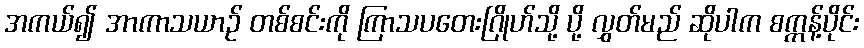
အကယ်၍ အာကာသယာဉ် တစ်စင်းကို ကြာသပတေးဂြိုဟ်သို့ ပို့ လွှတ်မည် ဆိုပါက စက္ကန့်ပိုင်း